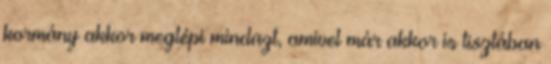
kormány akkor meglépi mindazt, amivel már akkor is tisztában